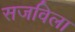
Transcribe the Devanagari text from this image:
सजविला